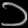
Digit: ၁